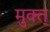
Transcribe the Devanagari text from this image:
मुक्त्